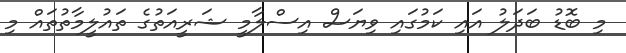
މި ބޮޑު ބަދަލު އައި ކަމުގައި ވިޔަސް އިސްލާމީ ޝަރީއަތުގެ ތައުލީމާތުތައް މި